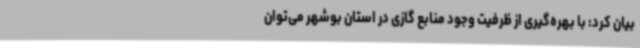
بیان کرد: با بهره‌گیری از ظرفیت وجود منابع گازی در استان بوشهر می‌توان